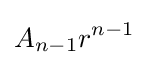
A_{n-1}r^{n-1}